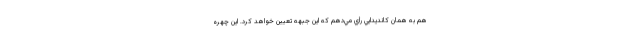
هم به همان كانديدايي رأي مي‌دهم كه اين جبهه تعيين خواهد كرد. این چهره